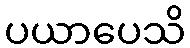
ပယာပေသိ